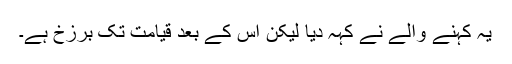
یہ کہنے والے نے کہہ دیا لیکن اس کے بعد قیامت تک برزخ ہے۔